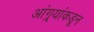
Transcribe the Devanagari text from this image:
आंग्र्‌यांकडून